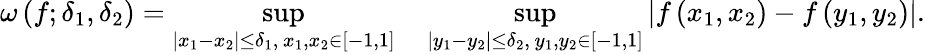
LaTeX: \omega\left(f;\delta_{1},\delta_{2}\right)=\operatorname*{sup}_{|x_{1}-x_{2}|\leq\delta_{1},\, x_{1},x_{2}\in[-1,1]}\quad\operatorname*{sup}_{|y_{1}-y_{2}|\leq\delta_{2},\, y_{1},y_{2}\in[-1,1]}|f\left(x_{1},x_{2}\right)-f\left(y_{1},y_{2}\right)|.